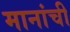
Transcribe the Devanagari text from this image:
मानांची